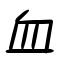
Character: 血